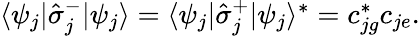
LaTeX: \begin{array}{r}{\langle\psi_{j}|\hat{\sigma}_{j}^{-}|\psi_{j}\rangle=\langle\psi_{j}|\hat{\sigma}_{j}^{+}|\psi_{j}\rangle^{*}=c_{jg}^{*}c_{je}.}\end{array}